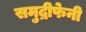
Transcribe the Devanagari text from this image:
समुद्रीफेनी